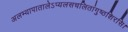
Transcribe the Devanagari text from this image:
अलभ्यापातालेऽप्यलसचलितांगुष्ठशिरसि।